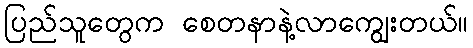
ပြည်သူတွေက စေတနာနဲ့လာကျွေးတယ်။